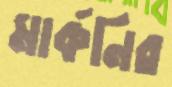
মার্কনির